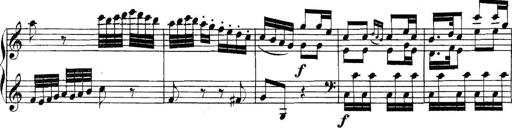
Title: Collected Piano Sonatas
Composer: Muzio Clementi